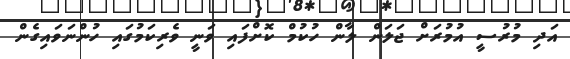
އަދި މުރުސީ އުމުރަށް ޖަލަން ލާން ހުކުމް ކޮށްފައި ވަނީ ވެރިކަމުގައި ހުންނަވައިގެން